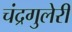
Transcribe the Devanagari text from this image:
चंद्रगुलेरी